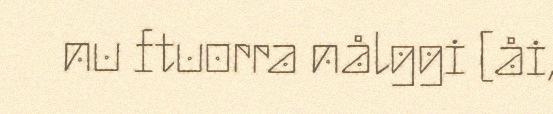
nu ftuorra nålggi [åi,